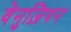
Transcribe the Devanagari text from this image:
वेनुज़ियन